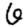
Digit: 6